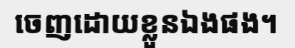
ចេញដោយខ្លួនឯងផង។